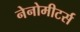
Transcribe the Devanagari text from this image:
नेनोमीटर्स